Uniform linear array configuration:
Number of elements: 24
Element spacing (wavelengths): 0.5
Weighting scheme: blackman
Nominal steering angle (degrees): -15
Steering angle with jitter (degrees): -16.213
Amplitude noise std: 0.05
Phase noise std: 0.05

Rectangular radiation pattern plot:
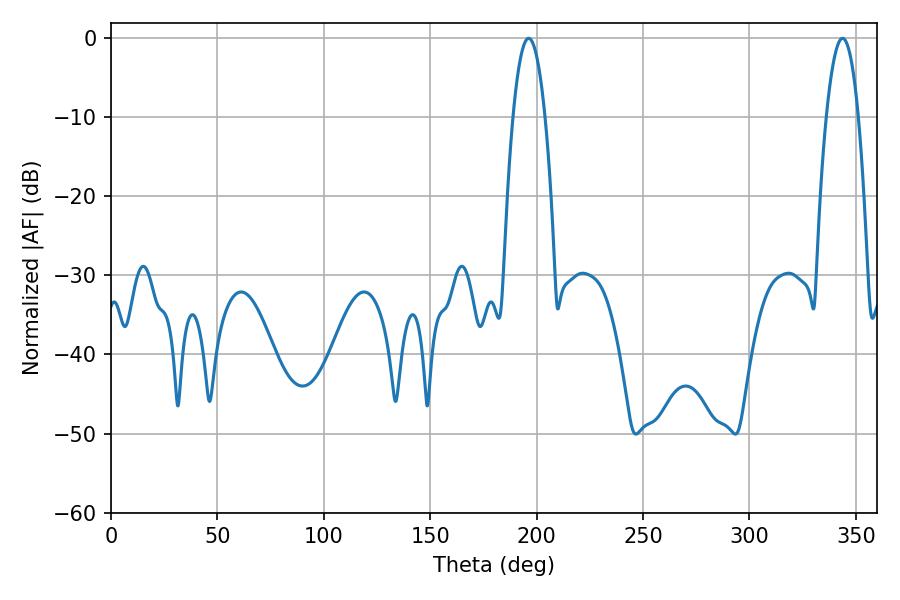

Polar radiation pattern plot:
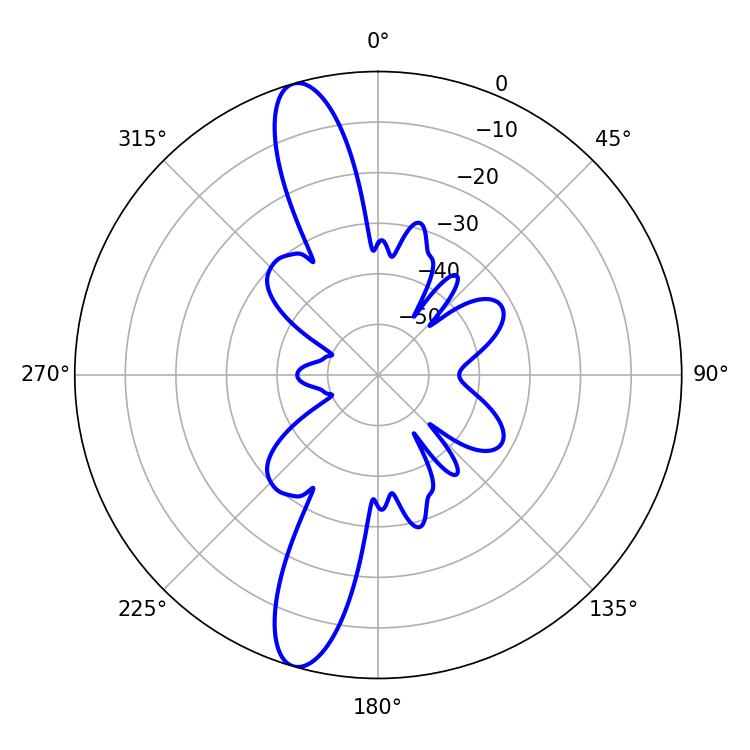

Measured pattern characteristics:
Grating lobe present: FALSE
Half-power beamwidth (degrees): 8.46
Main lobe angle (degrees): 196.2